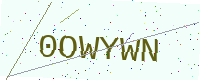
Text: 0OWYWN